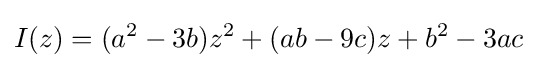
I(z)=(a^{2}-3b)z^{2}+(ab-9c)z+b^{2}-3ac